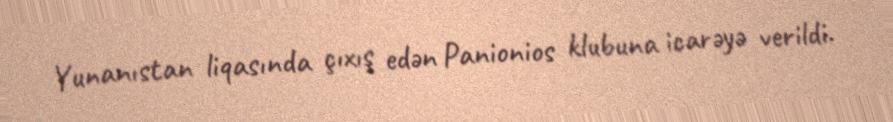
Yunanıstan liqasında çıxış edən Panionios klubuna icarəyə verildi.